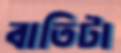
বাতিটা